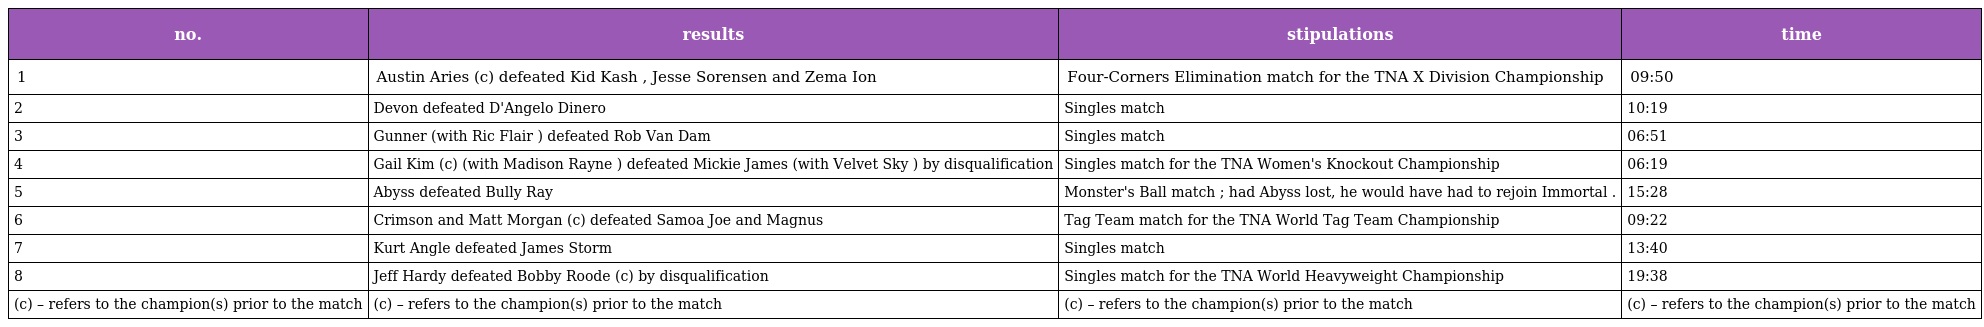
| no. | results | stipulations | time |
 | --- | --- | --- | --- |
 | 1 | Austin Aries (c) defeated Kid Kash , Jesse Sorensen and Zema Ion | Four-Corners Elimination match for the TNA X Division Championship | 09:50 |
 | 2 | Devon defeated D'Angelo Dinero | Singles match | 10:19 |
 | 3 | Gunner (with Ric Flair ) defeated Rob Van Dam | Singles match | 06:51 |
 | 4 | Gail Kim (c) (with Madison Rayne ) defeated Mickie James (with Velvet Sky ) by disqualification | Singles match for the TNA Women's Knockout Championship | 06:19 |
 | 5 | Abyss defeated Bully Ray | Monster's Ball match ; had Abyss lost, he would have had to rejoin Immortal . | 15:28 |
 | 6 | Crimson and Matt Morgan (c) defeated Samoa Joe and Magnus | Tag Team match for the TNA World Tag Team Championship | 09:22 |
 | 7 | Kurt Angle defeated James Storm | Singles match | 13:40 |
 | 8 | Jeff Hardy defeated Bobby Roode (c) by disqualification | Singles match for the TNA World Heavyweight Championship | 19:38 |
 | (c) – refers to the champion(s) prior to the match | (c) – refers to the champion(s) prior to the match | (c) – refers to the champion(s) prior to the match | (c) – refers to the champion(s) prior to the match |